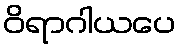
ဝိရာဂါယပေ